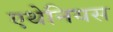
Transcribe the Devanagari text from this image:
एथेनियस